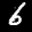
Label: 6